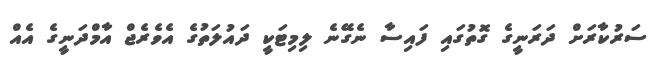
ސަރުކާރަށް ދަރަނީގެ ގޮތުގައި ފައިސާ ނެގޭނެ ލިމިޓަކީ ދައުލަތުގެ އެވެރެޖް އާމްދަނީގެ އެއް